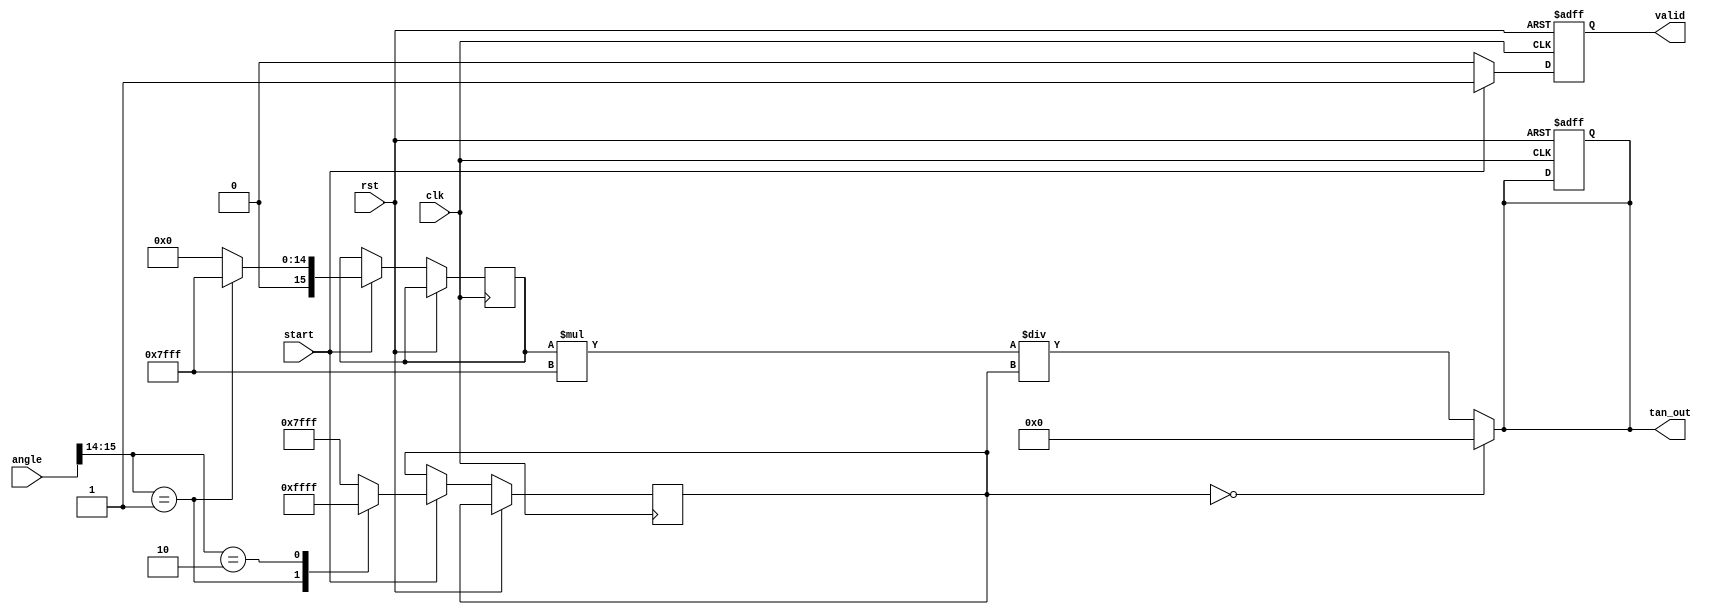
module tan_arithmetic_block(
    input wire clk,
    input wire rst,
    input wire start,
    input wire [15:0] angle,   // Input angle in Q15 format
    output reg [15:0] tan_out,  // Output tangent in Q15 format
    output reg valid            // Output valid signal
);

// Internal signals
reg [15:0] sine_out;
reg [15:0] cos_out;
reg divide_by_zero;

// Sine and Cosine calculation modules (simple lookup tables for this example)
function [15:0] sine;
    input [15:0] x;
begin
    // Simple lookup table for sine
    case(x[15:14]) // Simplified for example
        2'b00: sine = 16'h0000; // sin(0)
        2'b01: sine = 16'h7FFF; // sin(/2)
        2'b10: sine = 16'h0000; // sin()
        default: sine = 16'h0000; // Default case
    endcase
end
endfunction

function [15:0] cosine;
    input [15:0] x;
begin
    // Simple lookup table for cosine
    case(x[15:14]) // Simplified for example
        2'b00: cosine = 16'h7FFF; // cos(0)
        2'b01: cosine = 16'h0000; // cos(/2)
        2'b10: cosine = 16'hFFFF; // cos()
        default: cosine = 16'h7FFF; // Default case
    endcase
end
endfunction

// Division
always @ (*) begin
    if (cos_out == 16'h0000) begin
        divide_by_zero = 1'b1; // Flag division by zero
        tan_out = 16'h0000; // Set tangent output to 0 or some predefined value
    end else begin
        divide_by_zero = 1'b0; // Normal operation
        tan_out = (sine_out * 16'h7FFF) / cos_out; // Q15 division
    end
end

// Main process
always @(posedge clk or posedge rst) begin
    if (rst) begin
        tan_out <= 16'h0000;
        valid <= 1'b0;
    end else if (start) begin
        sine_out <= sine(angle);
        cos_out <= cosine(angle);
        valid <= 1'b1; // Indicate output is valid after computation
    end else begin
        valid <= 1'b0; // Reset valid output if not started
    end
end

endmodule